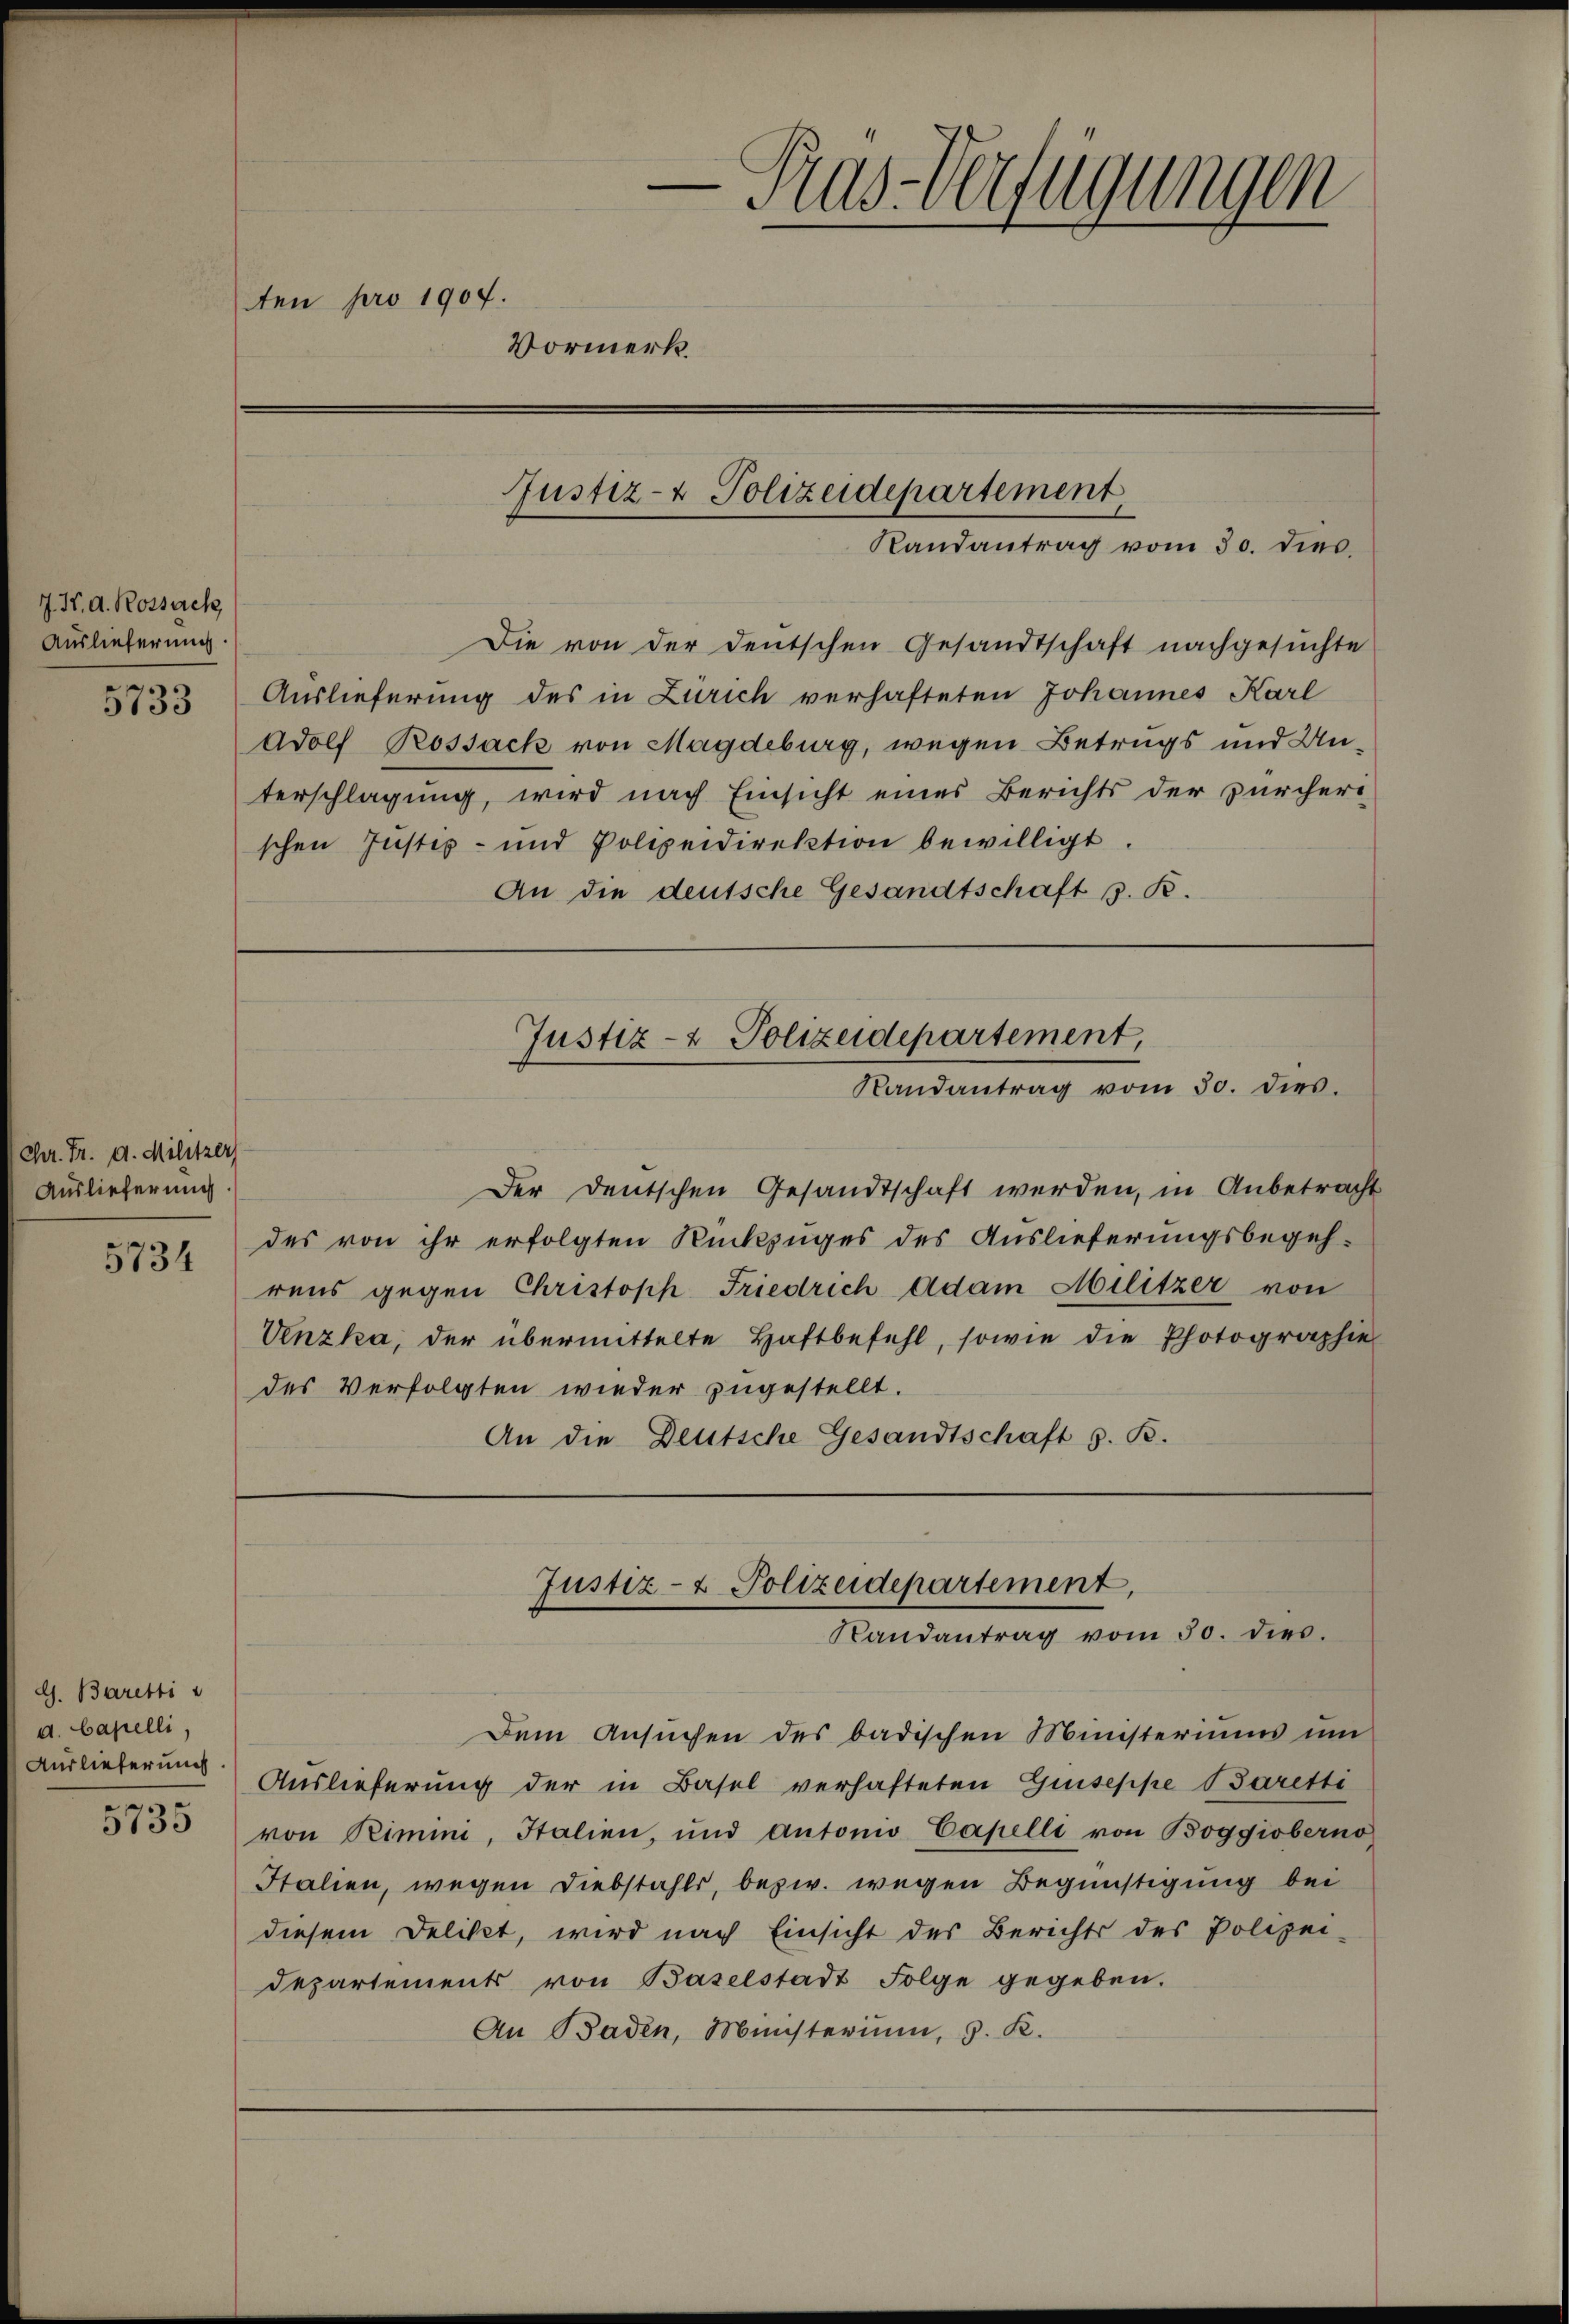
J. F. d. Rossach
Auslieferung.

Chr. Fr. d. Militzer
Auslieferung
5734

G. Baretti
d. Capelli,
Auslieferung
5735

e
Aas-Verfügungen
ten pro 1907.
Vormerk.

Die von der deutschen Gesandtschaft nachgesuchte
733 Auslieferung des in Zürich verhafteten Johannes Karl
Adolf Rossack von Magdeburg, wegen Betrugs und Unterschlagung, wird nach Einsicht eines Berichts der zürcher
schen Justiz- und Polizeidirektion bewilligt.
An die deutsche Gesandtschaft s. R.

Justiz- & Polizeidepartement,
Randantrag vom 30. dies

Justiz- & Polizeidepartement,
Randantrag vom 30. dies.

Der Deutschen Gesandtschaft werden, in Anbetracht
des von ihr erfolgten Rückzuges des Auslieferungsbegehrens gegen Christoph Friedrich Adam Militzer von
Unzka, der übermittelte Haftbefehl, sowie die Photographie
des Verfolgten wieder zugestellt.
An die Deutsche Gesandtschaft z. B.

Justiz- & Polizeidepartement,
Randantrag vom 30. dies.

Dem Ansŭchen des badischen Ministeriums ŭm
Auslieferung der in Basel verhafteten Giuseppe Baretti
von Pimini, Italien, und Antonio Capelli von Boggioberno
Italien, wegen Diebstahls, bezw. wegen Begünstigung bei
diesem Delikt, wird nach Einsicht des Berichts des Polizei-
Departements von Baselstadt Folge gegeben.
An Baden, Münsterium, S. R.